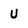
Character: U